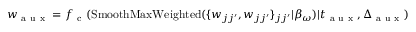
w _ { \mathrm { ~ a ~ u ~ x ~ } } = { f _ { \mathrm { ~ c ~ } } } ( \operatorname { S m o o t h M a x W e i g h t e d } ( \{ w _ { j j ^ { \prime } } , w _ { j j ^ { \prime } } \} _ { j j ^ { \prime } } | \beta _ { \omega } ) | t _ { \mathrm { ~ a ~ u ~ x ~ } } , \Delta _ { \mathrm { ~ a ~ u ~ x ~ } } ) \mathrm { ~ . ~ }